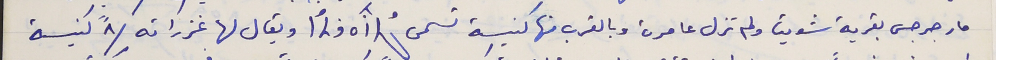
مار جرجس بقرية شويتا ولم تزل عامرة وبالقرب منها كنيسة تسمى  ويقال لها غزراته /٨" كنيسة